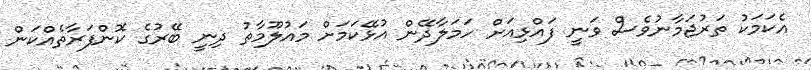
އެކަމަކު ތަރުޖަމާނުވެސް ވަނީ ފައްޅިއަށް ހަމަލާދޭން އުޅޭކަމަށް މައުލޫމާތު ދިނީ ބޭރުގެ ކޮންފަރާތެއްކަން